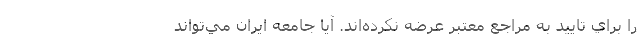
را براي تاييد به مراجع معتبر عرضه نكرده‌اند. آيا جامعه ايران مي‌تواند